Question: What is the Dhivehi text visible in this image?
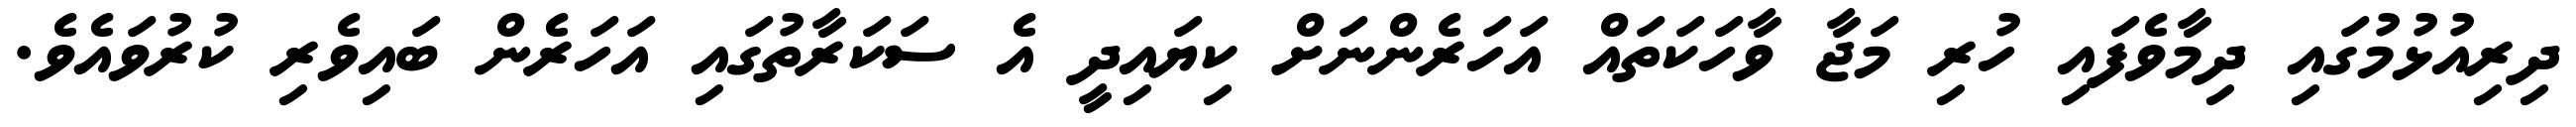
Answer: ދިރިއުޅުމުގައި ދިމާވެފައި ހުރި މަޖާ ވާހަކަތައް އަހަރެންނަށް ކިޔައިދީ އެ ސަކަރާތުގައި އަހަރެން ބައިވެރި ކުރުވައެވެ.